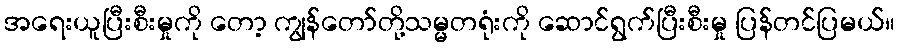
အရေးယူပြီးစီးမှုကို တော့ ကျွန်တော်တို့သမ္မတရုံးကို ဆောင်ရွက်ပြီးစီးမှု ပြန်တင်ပြမယ်။